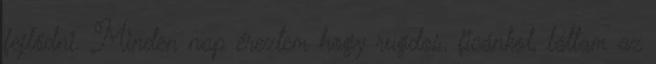
fejlődni. Minden nap éreztem hogy rugdos, ficánkol, láttam az